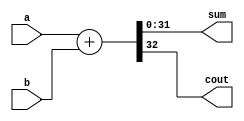
module myadder 
  #(parameter WIDTH=32) 
   (input  [WIDTH-1:0] a,b,
    output [WIDTH-1:0] sum,
    output 	       cout);

   
   assign {cout,sum} = a + b;

endmodule